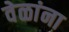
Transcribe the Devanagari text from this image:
वेळांना